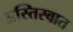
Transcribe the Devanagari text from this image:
अस्तिस्वात